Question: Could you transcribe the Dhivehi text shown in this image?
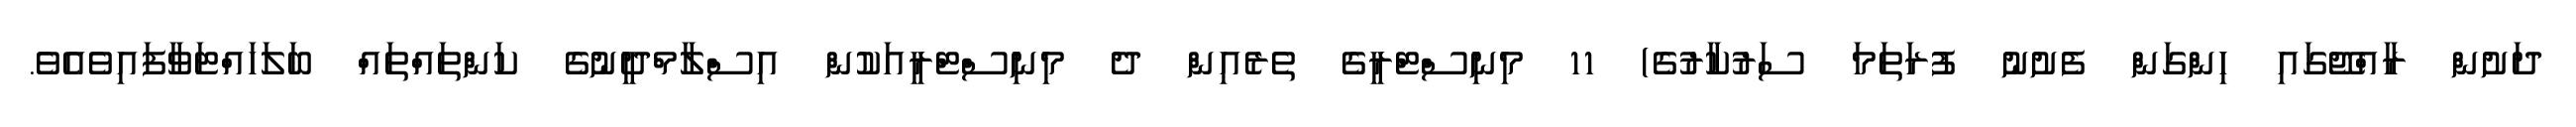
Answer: ދަށުން ރާއްޖޭގައި ހިންގަން ފެށުނު ފުރަތަމަ ސަރުކާރުގެ) 11 މިނިސްޓްރީގެ ތެރެއިން ދެ މިނިސްޓްރީއަކުން އިސްލާމްދީނުގެ ކަންތައްތައް ބަލަހައްޓަވާފައިވެއެވެ.